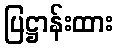
ပြဋ္ဌာန်းထား